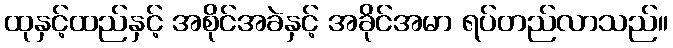
ထုနှင့်ထည်နှင့် အစိုင်အခဲနှင့် အခိုင်အမာ ရပ်တည်လာသည်။